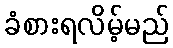
ခံစားရလိမ့်မည်